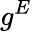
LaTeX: g^{E}